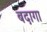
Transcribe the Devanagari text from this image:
बदागा